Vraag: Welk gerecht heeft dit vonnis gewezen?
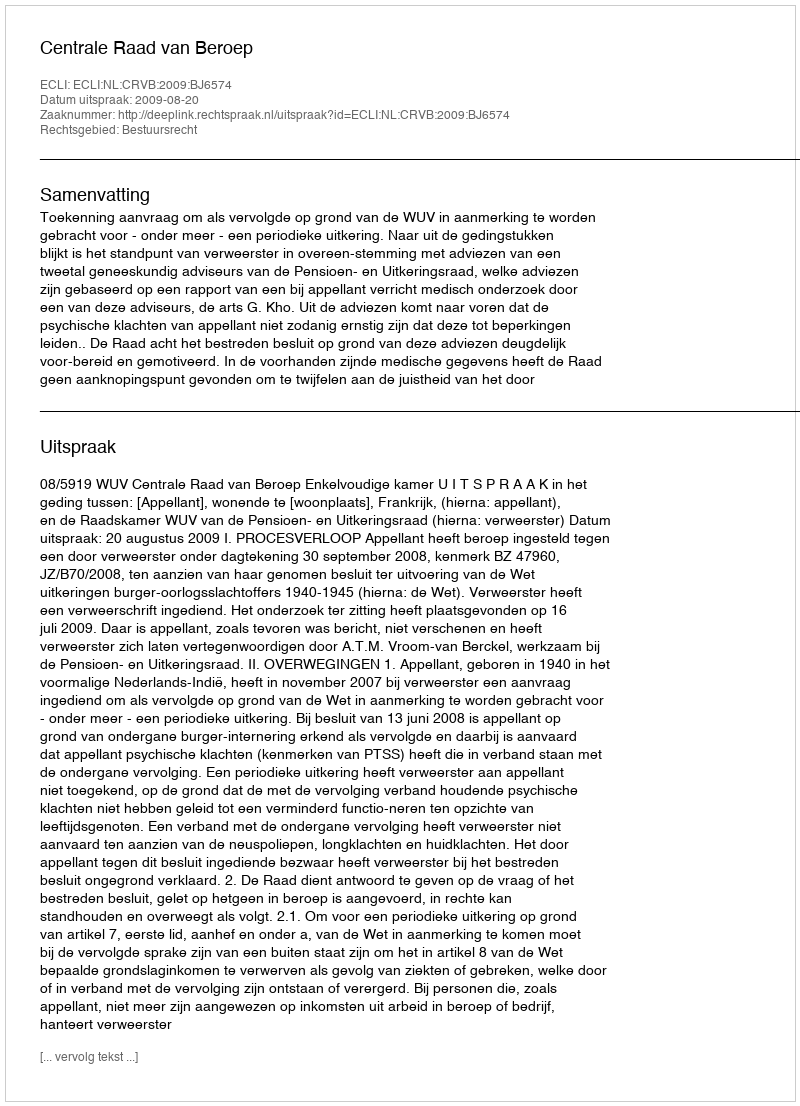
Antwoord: Centrale Raad van Beroep